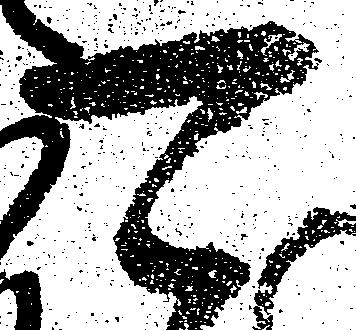
可